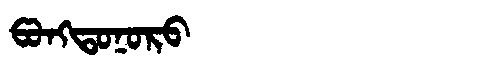
Manchu: ᡦᠣᠩᡨᠣᠨᠣᡵᠣ
Romanization: PONGTONORO